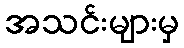
အသင်းများမှ